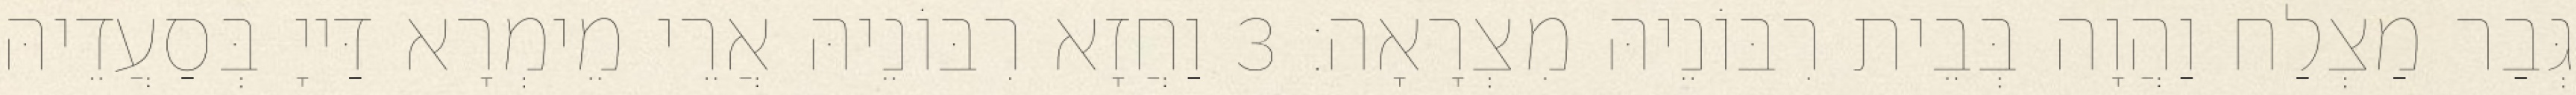
גְּבַר מַצְלַח וַהֲוָה בְּבֵית רִבּוֹנֵיהּ מִצְרָאָה׃ 3 וַחֲזָא רִבּוֹנֵיהּ אֲרֵי מֵימְרָא דַּייָ בְּסַעֲדֵיהּ